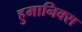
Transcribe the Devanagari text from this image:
हुमानिक्स